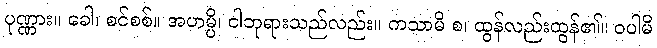
ပုဏ္ဏား။ ခေါ၊ စင်စစ်။ အဟမ္ပိ၊ ငါဘုရားသည်လည်း။ ကသာမိ စ၊ ထွန်လည်းထွန်၏။ ဝပါမိ